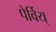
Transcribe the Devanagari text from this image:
पेर्विय्